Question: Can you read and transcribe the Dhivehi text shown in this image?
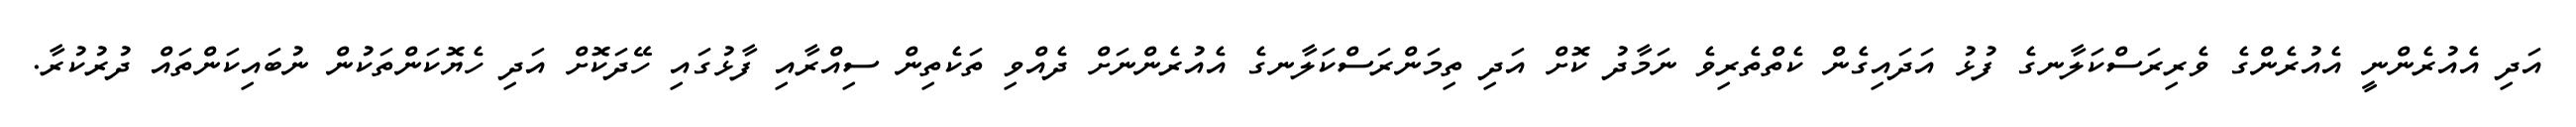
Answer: އަދި އެއުރެންނީ އެއުރެންގެ ވެރިރަސްކަލާނގެ ފުޅު އަދައިގެން ކެތްތެރިވެ ނަމާދު ކޮށް އަދި ތިމަންރަސްކަލާނގެ އެއުރެންނަށް ދެއްވި ތަކެތިން ސިއްރާއި ފާޅުގައި ހޭދަކޮށް އަދި ހެޔޮކަންތަކުން ނުބައިކަންތައް ދުރުކުރާ.